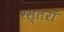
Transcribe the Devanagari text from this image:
रस्तराँ